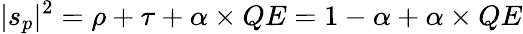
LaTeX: |s_{p}|^{2}=\rho+\tau+\alpha\times QE=1-\alpha+\alpha\times QE